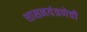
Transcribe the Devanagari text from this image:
शासनयंत्रणेची